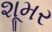
શૂમર